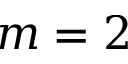
m = 2